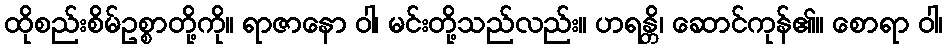
ထိုစည်းစိမ်ဥစ္စာတို့ကို။ ရာဇာနော ဝါ၊ မင်းတို့သည်လည်း။ ဟရန္တိ၊ ဆောင်ကုန်၏။ စောရာ ဝါ၊